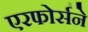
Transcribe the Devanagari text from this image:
एरफोर्सने